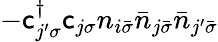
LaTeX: -\mathsf{c}_{j^{\prime}\sigma}^{\dagger}\mathsf{c}_{j\sigma}n_{i\bar{{\sigma}}}\bar{{n}}_{j\bar{{\sigma}}}\bar{{n}}_{j^{\prime}\bar{{\sigma}}}